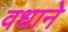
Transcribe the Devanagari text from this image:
वधाने